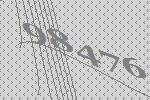
98476